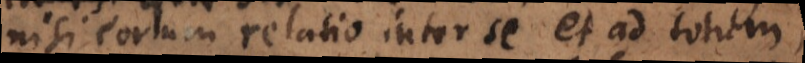
nisi eorum relatio inter se et ad totum